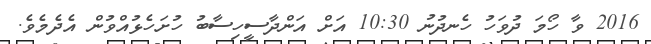
2016 ވާ ހޯމަ ދުވަހު ހެނދުނު 10:30 އަށް އަންދާސީހިސާބު ހުށަހެޅުއްވުން އެދެމެވެ.